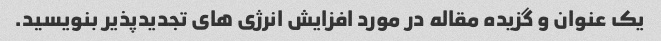
یک عنوان و گزیده مقاله در مورد افزایش انرژی های تجدیدپذیر بنویسید.